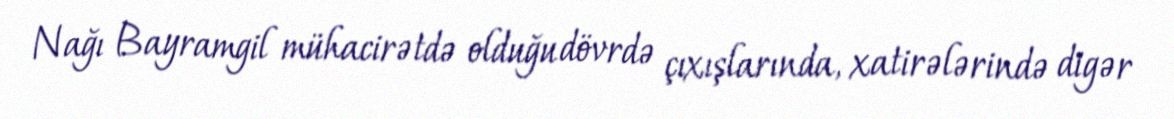
Nağı Bayramgil mühacirətdə olduğu dövrdə çıxışlarında, xatirələrində digər